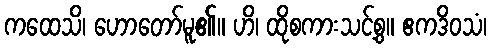
ကထေသိ၊ ဟောတော်မူ၏။ ဟိ၊ ထိုစကားသင့်စွ။ ဧကဒိဝသံ၊